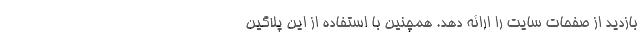
بازدید از صفحات سایت را ارائه ‌دهد. همچنین با استفاده از این پلاگین